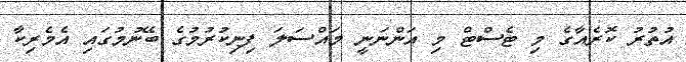
އުތުރު ކޮރެއާގެ މި ޓެސްޓް މި އަންނަނީ މައްސަލަ ފިނިކުރުމުގެ ބޭނުމުގައި އެމެރިކާ